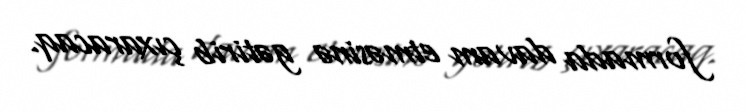
formada davam etməsinə gətirib çıxaracaq.